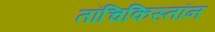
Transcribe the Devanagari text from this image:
तॉचिकिस्तॉन